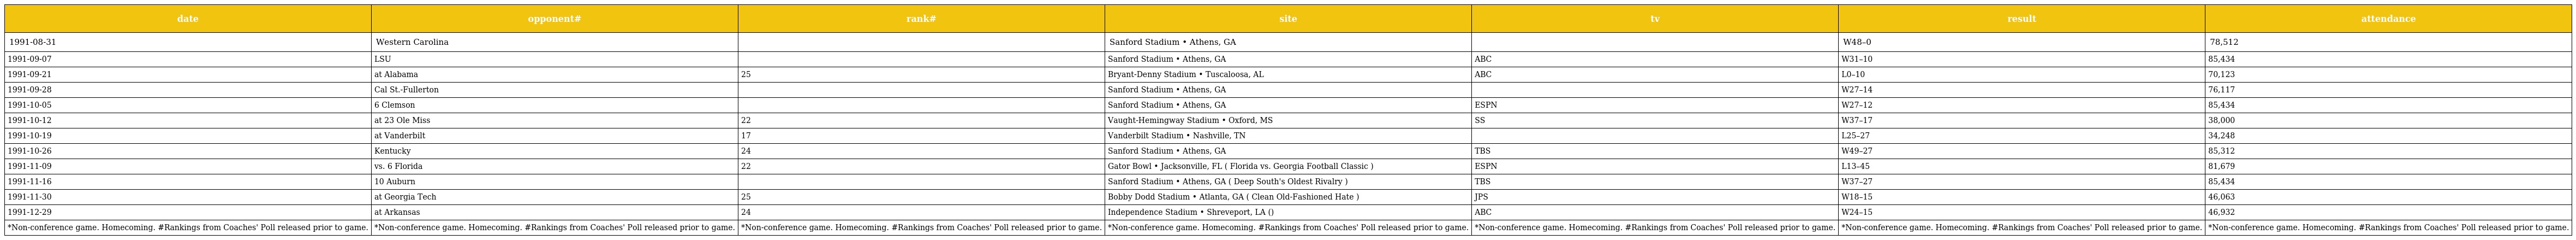
| date | opponent# | rank# | site | tv | result | attendance |
 | --- | --- | --- | --- | --- | --- | --- |
 | 1991-08-31 | Western Carolina |  | Sanford Stadium • Athens, GA |  | W48–0 | 78,512 |
 | 1991-09-07 | LSU |  | Sanford Stadium • Athens, GA | ABC | W31–10 | 85,434 |
 | 1991-09-21 | at Alabama | 25 | Bryant-Denny Stadium • Tuscaloosa, AL | ABC | L0–10 | 70,123 |
 | 1991-09-28 | Cal St.-Fullerton |  | Sanford Stadium • Athens, GA |  | W27–14 | 76,117 |
 | 1991-10-05 | 6 Clemson |  | Sanford Stadium • Athens, GA | ESPN | W27–12 | 85,434 |
 | 1991-10-12 | at 23 Ole Miss | 22 | Vaught-Hemingway Stadium • Oxford, MS | SS | W37–17 | 38,000 |
 | 1991-10-19 | at Vanderbilt | 17 | Vanderbilt Stadium • Nashville, TN |  | L25–27 | 34,248 |
 | 1991-10-26 | Kentucky | 24 | Sanford Stadium • Athens, GA | TBS | W49–27 | 85,312 |
 | 1991-11-09 | vs. 6 Florida | 22 | Gator Bowl • Jacksonville, FL ( Florida vs. Georgia Football Classic ) | ESPN | L13–45 | 81,679 |
 | 1991-11-16 | 10 Auburn |  | Sanford Stadium • Athens, GA ( Deep South's Oldest Rivalry ) | TBS | W37–27 | 85,434 |
 | 1991-11-30 | at Georgia Tech | 25 | Bobby Dodd Stadium • Atlanta, GA ( Clean Old-Fashioned Hate ) | JPS | W18–15 | 46,063 |
 | 1991-12-29 | at Arkansas | 24 | Independence Stadium • Shreveport, LA () | ABC | W24–15 | 46,932 |
 | *Non-conference game. Homecoming. #Rankings from Coaches' Poll released prior to game. | *Non-conference game. Homecoming. #Rankings from Coaches' Poll released prior to game. | *Non-conference game. Homecoming. #Rankings from Coaches' Poll released prior to game. | *Non-conference game. Homecoming. #Rankings from Coaches' Poll released prior to game. | *Non-conference game. Homecoming. #Rankings from Coaches' Poll released prior to game. | *Non-conference game. Homecoming. #Rankings from Coaches' Poll released prior to game. | *Non-conference game. Homecoming. #Rankings from Coaches' Poll released prior to game. |